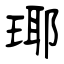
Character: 瑘